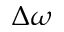
\Delta \omega